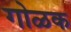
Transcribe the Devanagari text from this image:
गोळक